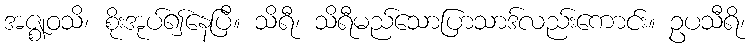
အဇ္ဈဝသိ၊ စိုးအုပ်၍နေပြီ။ သိရီ၊ သိရီမည်သောပြာသာဒ်လည်းကောင်း။ ဥပသီရိ၊